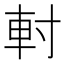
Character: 𨊭